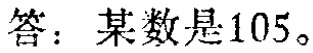
答：某数是\(105\)。